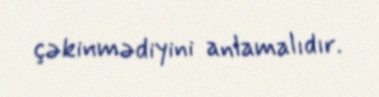
çəkinmədiyini anlamalıdır.